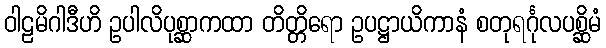
ဝါဠမိဂါဒီဟိ ဥပါလိပုစ္ဆာကထာ တိတ္တိရော ဥပဋ္ဌာယိကာနံ စတုရင်္ဂုလပစ္ဆိမံ